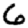
Digit: 6